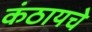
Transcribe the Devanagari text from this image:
कंठायचे